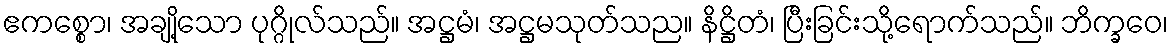
ဧကစ္စော၊ အချို့သော ပုဂ္ဂိုလ်သည်။ အဋ္ဌမံ၊ အဋ္ဌမသုတ်သည။ နိဋ္ဌိတံ၊ ပြီးခြင်းသို့ရောက်သည်။ ဘိက္ခဝေ၊